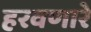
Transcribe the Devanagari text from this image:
हरवणारे